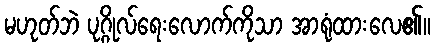
မဟုတ်ဘဲ ပုဂ္ဂိုလ်ရေးလောက်ကိုသာ အာရုံထားလေ၏။